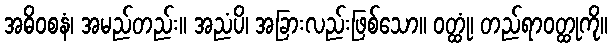
အဓိဝစနံ၊ အမည်တည်း။ အညံပိ၊ အခြားလည်းဖြစ်သော။ ဝတ္ထုံ၊ တည်ရာဝတ္ထုကို။